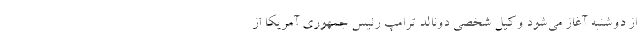
از دوشنبه آغاز می‌شود وکیل شخصی دونالد ترامپ رئیس جمهوری آمریکا از